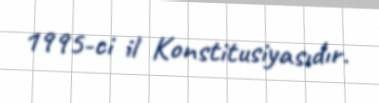
1995-ci il Konstitusiyasıdır.